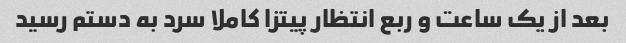
بعد از یک ساعت و ربع انتظار پیتزا کاملا سرد به دستم رسید